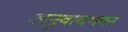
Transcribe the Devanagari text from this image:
अनुवादभवन